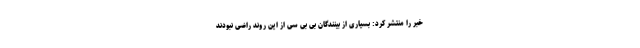
خبر را منتشر کرد: بسیاری از بینندگان بی بی سی از این روند راضی نبودند